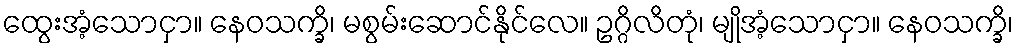
ထွေးအံ့သောငှာ။ နေဝသက္ခိ၊ မစွမ်းဆောင်နိုင်လေ။ ဥဂ္ဂိလိတုံ၊ မျိုအံ့သောငှာ။ နေဝသက္ခိ၊